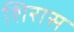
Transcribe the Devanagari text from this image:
शिरास